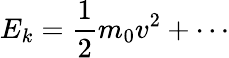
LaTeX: E_{k}={\frac{1}{2}}m_{0}v^{2}+\cdots